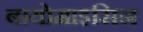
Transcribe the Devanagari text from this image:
बायोमाइसिन